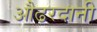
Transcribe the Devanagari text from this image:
औढरदानी